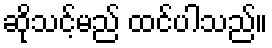
ဆိုသင့်မည် ထင်ပါသည်။